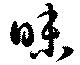
昧